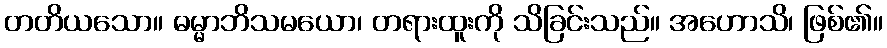
တတိယသော။ ဓမ္မာဘိသမယော၊ တရားထူးကို သိခြင်းသည်။ အဟောသိ၊ ဖြစ်၏။